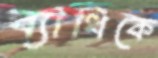
ব্যাধিকে